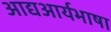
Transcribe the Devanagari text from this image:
आद्यआर्यभाषा